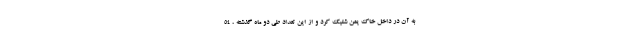
به آن در داخل خاک یمن شلیک کرد و از این تعداد طی دو ماه گذشته ، ۵۴